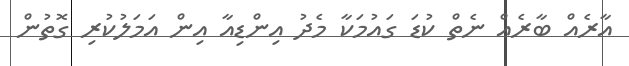
އާރެއް ބާރެއް ނެތް ކުޑަ ގައުމަކާ މެދު އިންޑިއާ އިން އަމަލުކުރި ގޮތުން